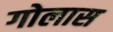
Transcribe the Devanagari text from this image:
गोलास